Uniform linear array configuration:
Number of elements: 32
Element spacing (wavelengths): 0.5
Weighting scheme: kaiser
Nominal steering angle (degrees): -60
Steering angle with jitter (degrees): -58.677
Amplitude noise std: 0.05
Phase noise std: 0.05

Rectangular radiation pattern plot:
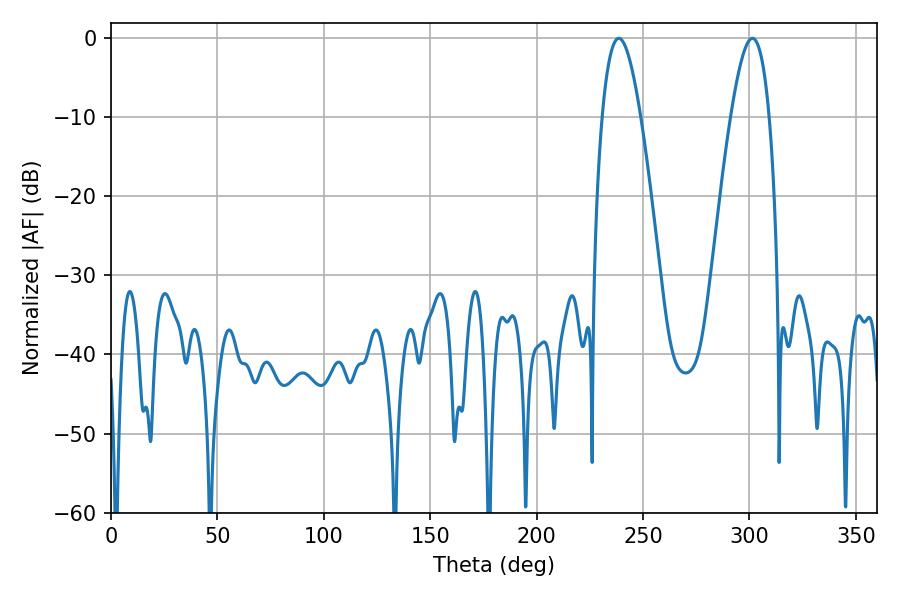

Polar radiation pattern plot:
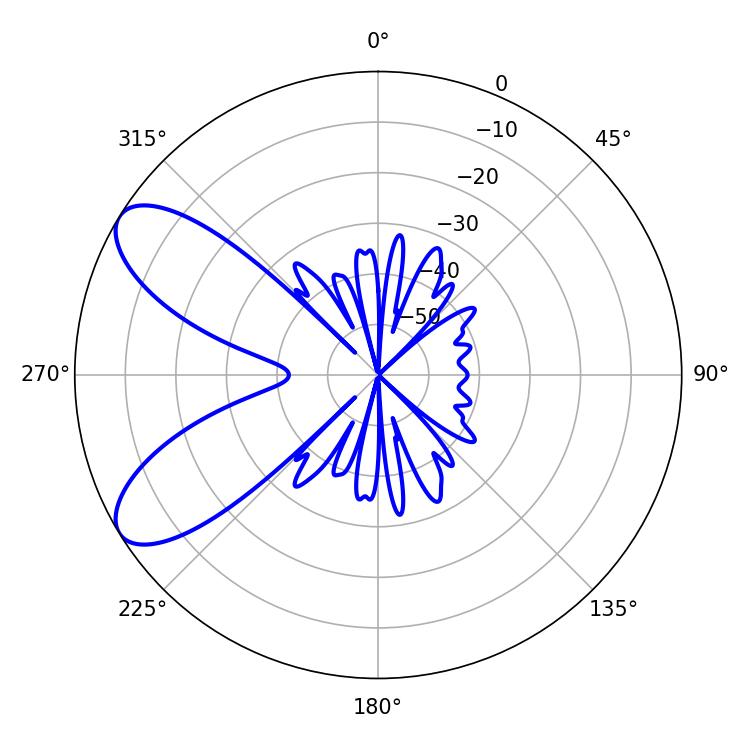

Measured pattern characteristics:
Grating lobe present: FALSE
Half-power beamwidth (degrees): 9.9
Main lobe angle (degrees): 238.68